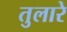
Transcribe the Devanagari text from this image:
तुलारे